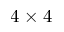
4 \times 4